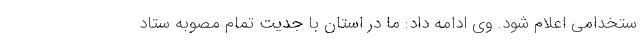
ستخدامی اعلام شود. وی ادامه داد: ما در استان با جدیت تمام مصوبه ستاد